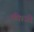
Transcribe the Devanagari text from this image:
की।जो